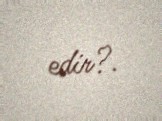
edir?.